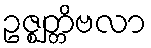
ဥဇ္ဈတ္တိဗလာ